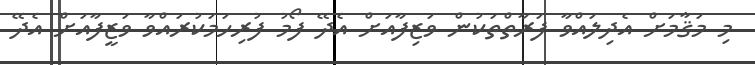
މި މަޤާމަށް އެދިލައްވާ ފަރާތްތަކުން ވަޒިފާއަށް އެދޭ ފޯމު ފުރިހަމަކުރައްވާ ވަޒީފާއަށް އެދޭ